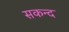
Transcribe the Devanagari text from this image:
सकन्द